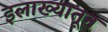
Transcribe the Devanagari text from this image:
इलाख्यातून